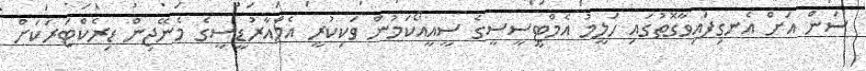
ސަން އަށް އެނގިފައިވާގޮތުގައި ހަލީމު އެމްޓީސީސީގެ ސީއީއޯކަމުން ވަކިކުރީ އެމްއާރުޑީސީގެ މެނޭޖިން ޑިރެކްޓަރަކަށް